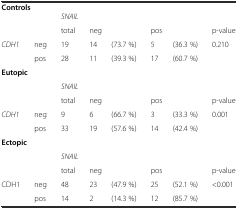
| <COLSPAN=8> Controls |
 | --- | --- | --- | --- | --- | --- | --- | --- |
 | <ROWSPAN=2-COLSPAN=2>  | <COLSPAN=6> SNAIL |
 | total | <COLSPAN=2> neg | <COLSPAN=2> pos | p-value |
 | <ROWSPAN=2> CDH1 | neg | 19 | 14 | (73.7 %) | 5 | (36.3 %) | <ROWSPAN=2> 0.210 |
 | pos | 28 | 11 | (39.3 %) | 17 | (60.7 %) |
 | <COLSPAN=8> Eutopic |
 | <ROWSPAN=2-COLSPAN=2>  | <COLSPAN=6> SNAIL |
 | total | <COLSPAN=2> neg | <COLSPAN=2> pos | p-value |
 | <ROWSPAN=2> CDH1 | neg | 9 | 6 | (66.7 %) | 3 | (33.3 %) | <ROWSPAN=2> 0.001 |
 | pos | 33 | 19 | (57.6 %) | 14 | (42.4 %) |
 | <COLSPAN=8> Ectopic |
 | <ROWSPAN=2-COLSPAN=2>  | <COLSPAN=6> SNAIL |
 | total | <COLSPAN=2> neg | <COLSPAN=2> pos | p-value |
 | <ROWSPAN=2> CDH1 | neg | 48 | 23 | (47.9 %) | 25 | (52.1 %) | <ROWSPAN=2> <0.001 |
 | pos | 14 | 2 | (14.3 %) | 12 | (85.7 %) |